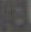
VEL